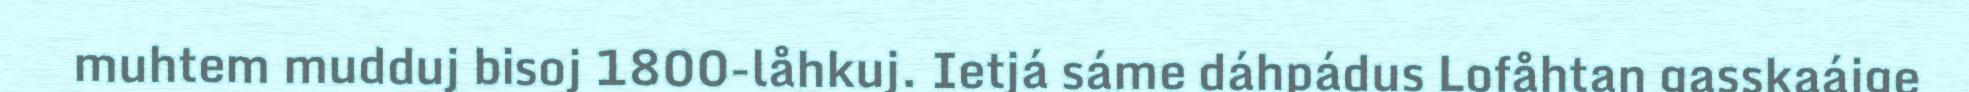
muhtem mudduj bisoj 1800-låhkuj. Ietjá sáme dáhpádus Lofåhtan gasskaájge